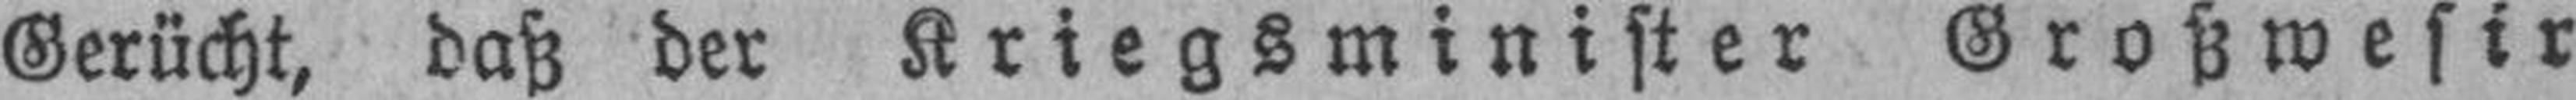
Gerücht, daß der Kriegsminister Großwesir